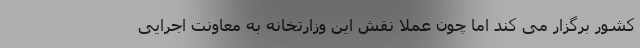
کشور برگزار می کند اما چون عملا نقش این وزارتخانه به معاونت اجرایی